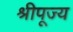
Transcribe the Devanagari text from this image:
श्रीपूज्य